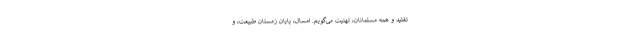
تقلید و همه مسلمانان، تهنیت می‌گویم. امسال، پایان زمستانِ طبیعت، و